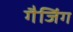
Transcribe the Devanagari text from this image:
गैजिंग